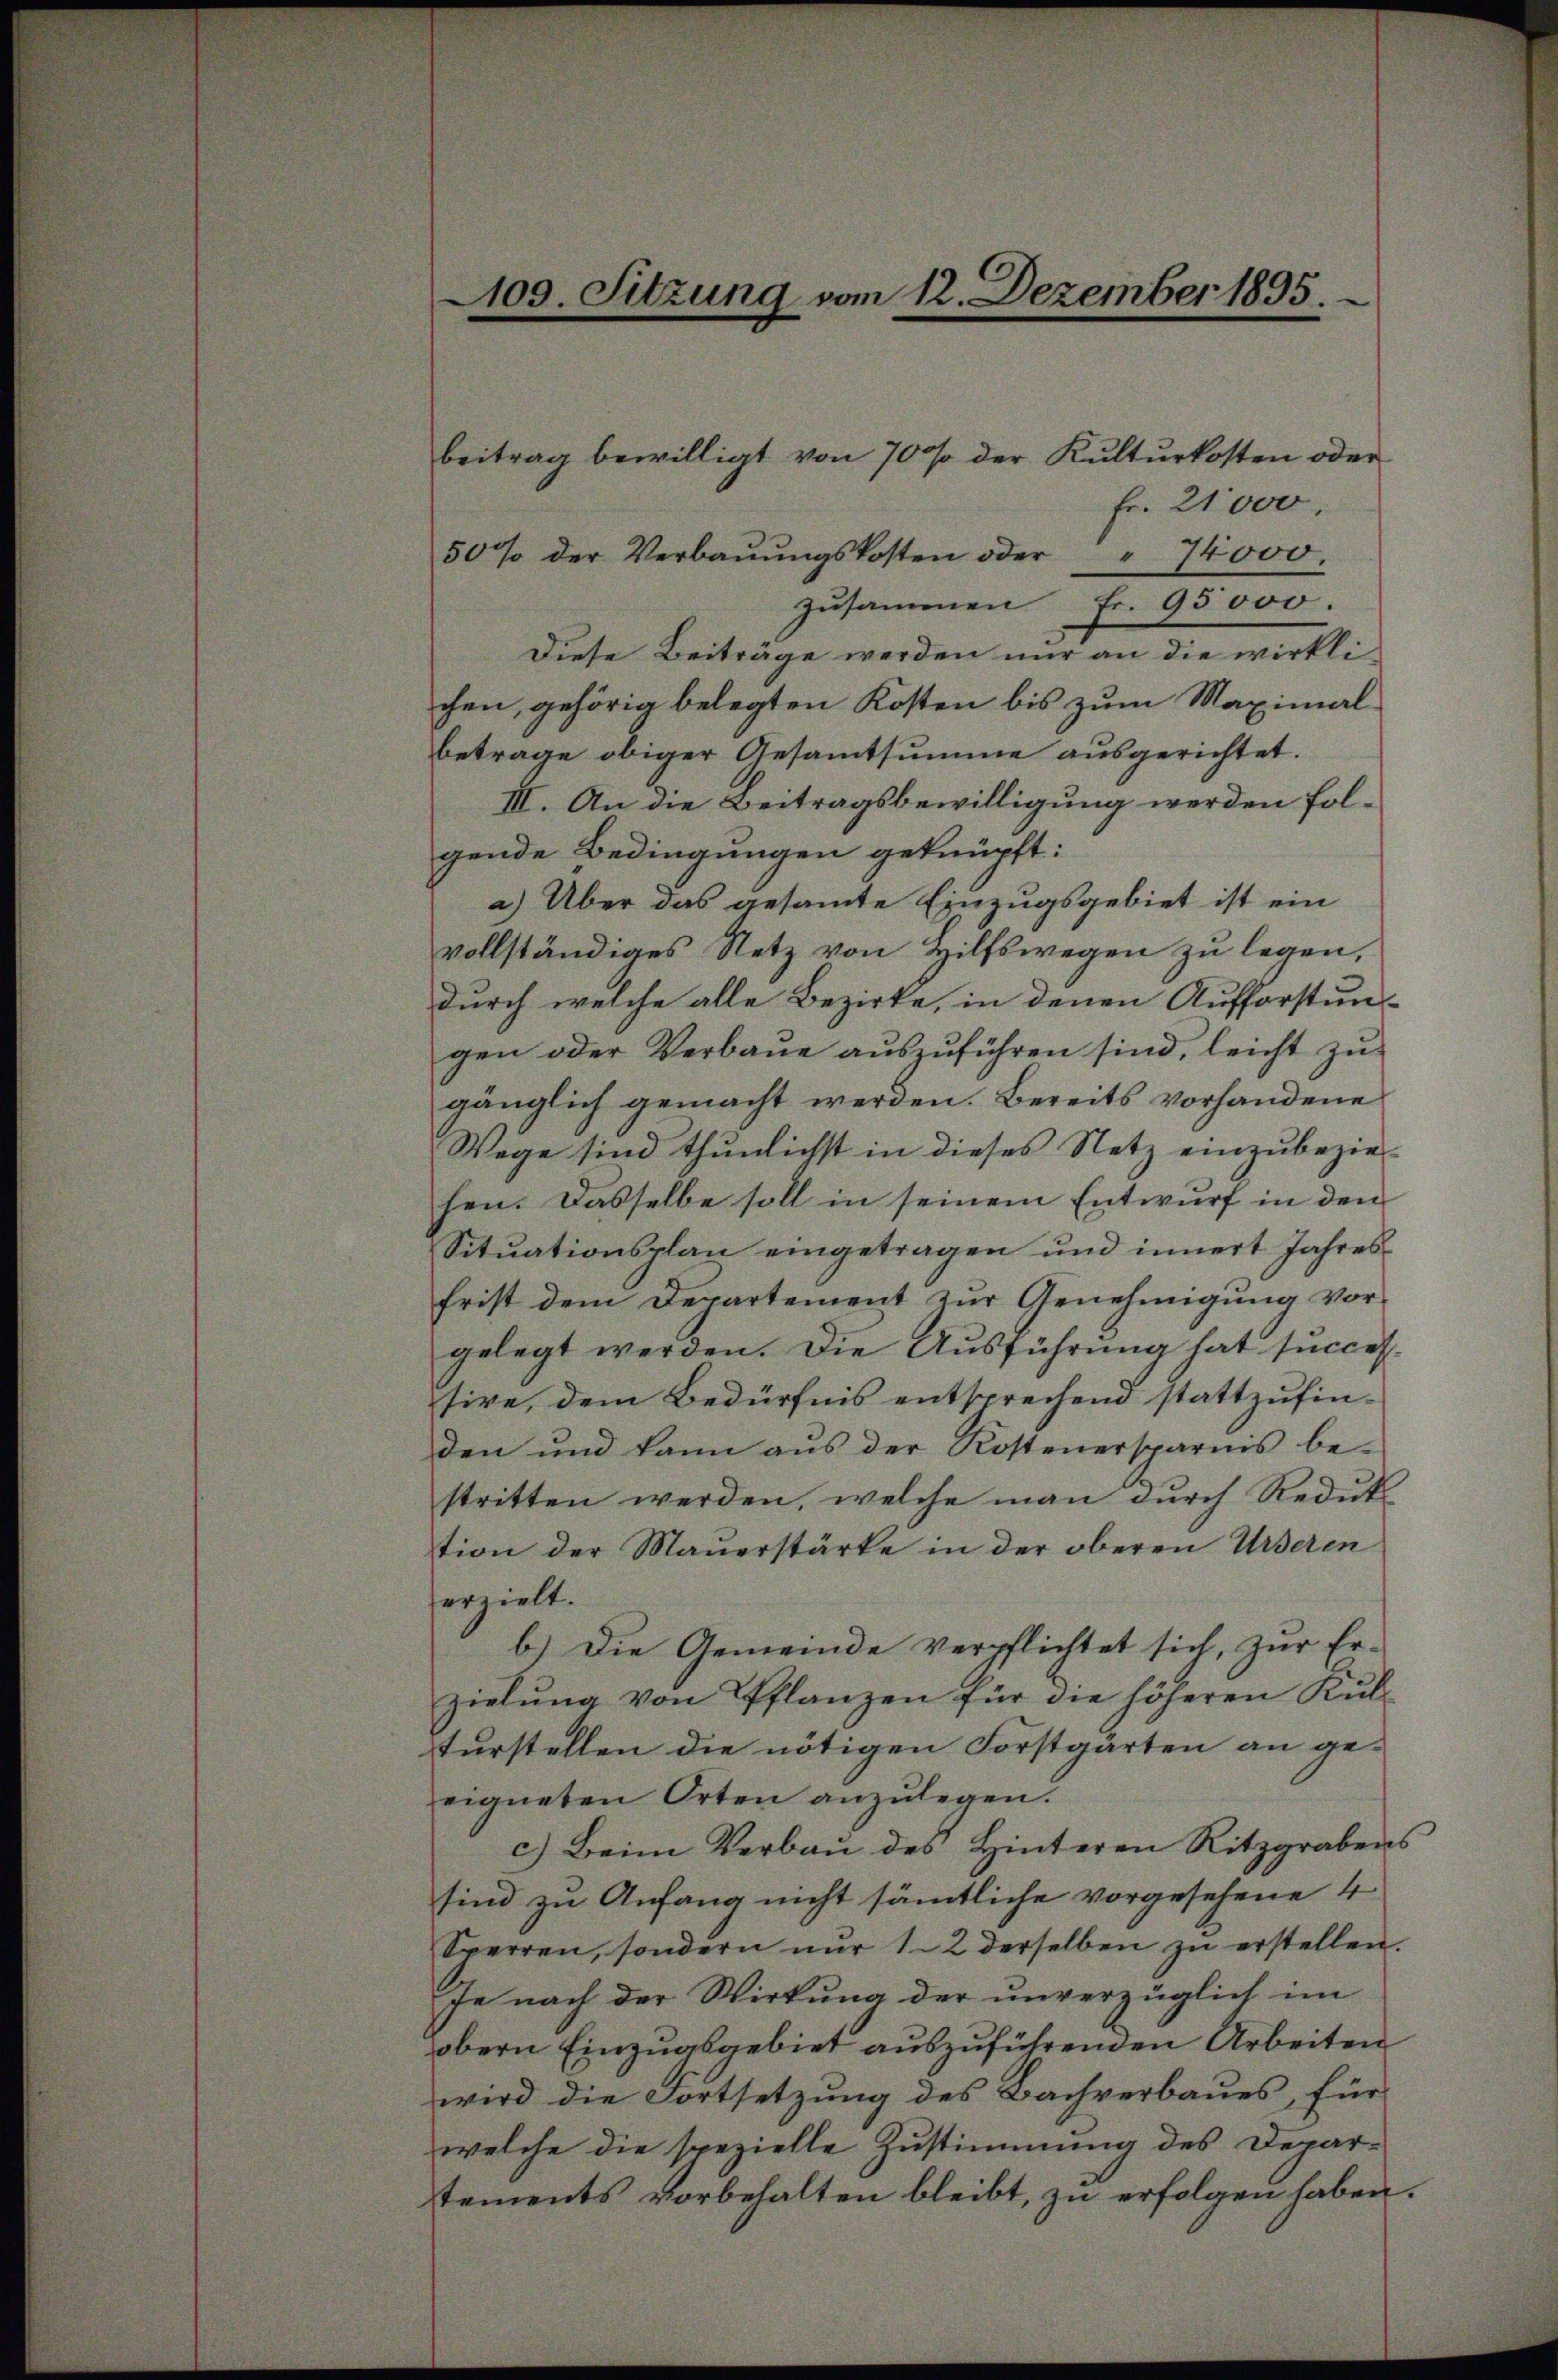
Fr. 21000.
50% der Verbaŭŭngskosten oder " 14000.
zusammen Fr. 95000.
Diese Beiträge werden nur an die wirkli
chen, gehörig belegten Kosten bis zum Maximal
betrage obiger Gesammtsumme ausgerichtet.
III. An die Beitragsbewilligung werden folgende Bedingungen geknüpft:
a) Über das gesamte Einzugsgebiet ist ein
vollständiges Netz von Hilfswegen zu legen,
durch welche alle Bezirke, in denen Aufforstun-
gen oder Verbaue auszuführen sind, leicht zu
gänglich gemacht werden. Bereits vorhandene
Wege sind thunlichst in dieses Netz einzubezirhen. Dasselbe soll in seinem Entwurf in den
Sitŭationsplan eingetragen und innert Jahresfrist dem Departement zur Genehmigŭng vor-
gelegt werden. Die Ausführung hat succes
tive, dem Bedürfnis entsprechend stattzufinden und kann aus der Kostenersparnis be-
stritten werden, welche man durch Reduk
tion der Mauerstärke in der oberen Urseren
erzielt.
b.) Die Gemeinde verpflichtet sich, zŭr Er-
zielŭng von Pflanzen für die höheren Kŭl-
turstellen die nötigen Forstgärten an ge-
eigneten Orten anzulegen.
c.) Beim Verbaŭ des Hinteren Ritzgrabens
sind zu Anfang nicht sämtliche vorgesehene 4
Sperren, sondern nŭr 12 derselben zŭ erstellen.
fe nach der Wirkung der unverzüglich im
obern Einzugsgebiet auszuführenden Arbeiten
wird die Fortsetzung des Bachverbaues, für
welche die spezielle Zustimmung des Departements vorbehalten bleibt, zu erfolgen haben.

100. Sitzung vom 12. Dezember 1895.

beitrag bewilligt von 70 % der Kulturkosten oder